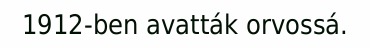
1912-ben avatták orvossá.